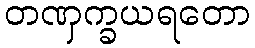
တဏှက္ခယရတော